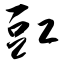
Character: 豇